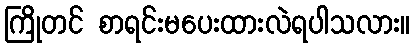
ကြိုတင် စာရင်းမပေးထားလဲရပါသလား။